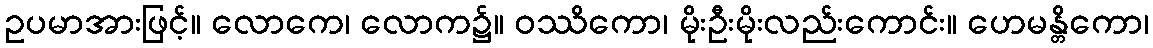
ဥပမာအားဖြင့်။ လောကေ၊ လောက၌။ ဝဿိကော၊ မိုးဦးမိုးလည်းကောင်း။ ဟေမန္တိကော၊